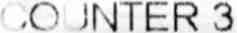
COUNTER 3